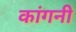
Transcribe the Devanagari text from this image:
कांगनी